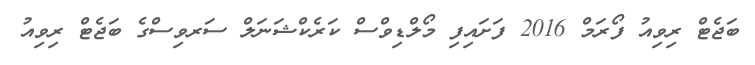
ބަޖެޓް ރިވިއު ފޯރަމް 2016 ފަށައިފި މޯލްޑިވްސް ކަރެކްޝަނަލް ސަރވިސްގެ ބަޖެޓް ރިވިއު